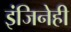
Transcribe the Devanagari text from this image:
इंजिनेही